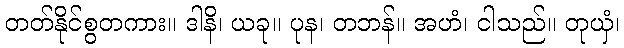
တတ်နိုင်စွတကား။ ဒါနိ၊ ယခု။ ပုန၊ တဘန်။ အဟံ၊ ငါသည်။ တုယှံ၊